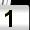
Digit: 1